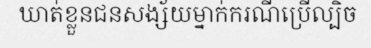
ឃាត់ខ្លួនជនសង្ស័យម្នាក់ករណីប្រើល្បិច